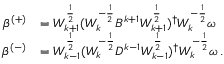
\begin{array} { r l } { \beta ^ { ( + ) } } & { = W _ { k + 1 } ^ { \frac { 1 } { 2 } } ( W _ { k } ^ { - \frac { 1 } { 2 } } B ^ { k + 1 } W _ { k + 1 } ^ { \frac { 1 } { 2 } } ) ^ { \dagger } W _ { k } ^ { - \frac { 1 } { 2 } } \omega } \\ { \beta ^ { ( - ) } } & { = W _ { k - 1 } ^ { \frac { 1 } { 2 } } ( W _ { k } ^ { - \frac { 1 } { 2 } } D ^ { k - 1 } W _ { k - 1 } ^ { \frac { 1 } { 2 } } ) ^ { \dagger } W _ { k } ^ { - \frac { 1 } { 2 } } \omega \, . } \end{array}